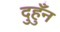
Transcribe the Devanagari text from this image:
दुहुँन